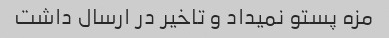
مزه پستو نمیداد و تاخیر در ارسال داشت